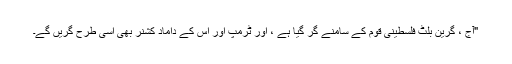
"آج ، گرین بلٹ فلسطینی قوم کے سامنے گر گیا ہے ، اور ٹرمپ اور اس کے داماد کشنر بھی اسی طرح گریں گے۔